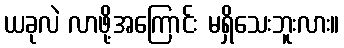
ယခုလဲ လာဖို့အကြောင်း မရှိသေးဘူးလား။